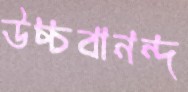
উচ্চবানন্দ